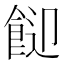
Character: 𩛓